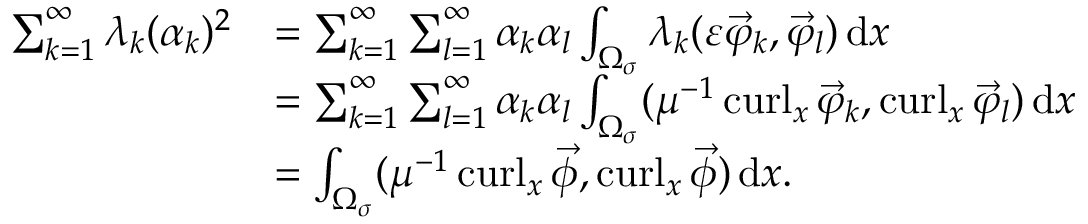
\begin{array} { r l } { \sum _ { k = 1 } ^ { \infty } \lambda _ { k } ( \alpha _ { k } ) ^ { 2 } } & { = \sum _ { k = 1 } ^ { \infty } \sum _ { l = 1 } ^ { \infty } \alpha _ { k } \alpha _ { l } \int _ { \Omega _ { \sigma } } \lambda _ { k } ( \varepsilon \vec { \varphi } _ { k } , \vec { \varphi } _ { l } ) \, \mathrm d x } \\ & { = \sum _ { k = 1 } ^ { \infty } \sum _ { l = 1 } ^ { \infty } \alpha _ { k } \alpha _ { l } \int _ { \Omega _ { \sigma } } ( \mu ^ { - 1 } \operatorname { c u r l } _ { x } \vec { \varphi } _ { k } , \operatorname { c u r l } _ { x } \vec { \varphi } _ { l } ) \, \mathrm d x } \\ & { = \int _ { \Omega _ { \sigma } } ( \mu ^ { - 1 } \operatorname { c u r l } _ { x } \vec { \phi } , \operatorname { c u r l } _ { x } \vec { \phi } ) \, \mathrm d x . } \end{array}